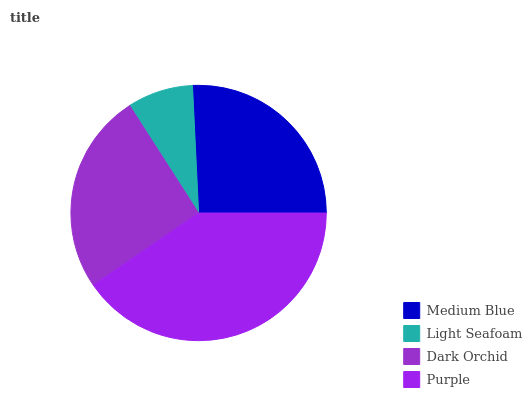
| Medium Blue | Light Seafoam | Dark Orchid | Purple |
 | --- | --- | --- | --- |
 | 25.8% | 8.32% | 25.5% | 40.4% |